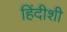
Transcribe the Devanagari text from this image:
हिंदीशी